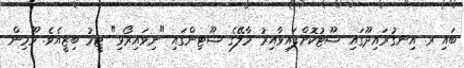
ބައި ރ. އިނގުރައިދޫގައި ޝޫޓުކޮށްފައިވާއިރު މާލޭގެ ޝޫޓިންގައި "ނިވައިރޯޅި" ޓީމު ބިޒީއެވެ. މޫމިން